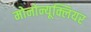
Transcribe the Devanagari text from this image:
मोनोन्यूक्लियर